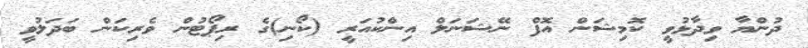
ދުންޔާ ވިދާޅުވީ ކޮމިޝަން އޮފް ނޭޝަނަލް އިންކުއަރީ (ކޯނި)ގެ ރިޕޯޓުން ވެރިކަން ބަދަލުވީ